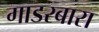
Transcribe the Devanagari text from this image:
गाडरबारा